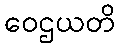
ဝေဌယတိ